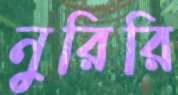
নুরিরি